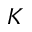
\boldsymbol { K }